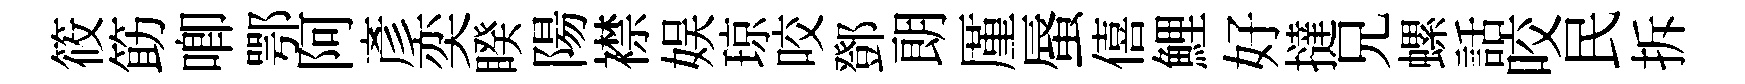
筱筯唧鄂阿彥奕睽陽襟娱琼咬鄧朗厪蜃僖鯉好撻兄螺話咬民拆